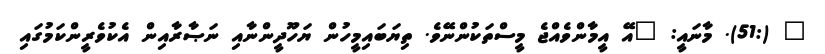
" (:51). މާނައީ: "އޭ އީމާންވެއްޖެ މީސްތަކުންނޭވެ. ތިޔަބައިމީހުން ޔަހޫދީންނާއި ނަޞާރާއިން އެކުވެރީންކަމުގައި